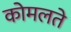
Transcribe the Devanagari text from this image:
कोमलते